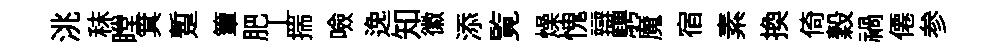
洮秣瞠箕蹔簟肥丄揣噞𨓜知徽添覧燥愧辯騁魔宿素换倚穀禍僊参